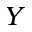
Y